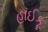
હાઈકૂ